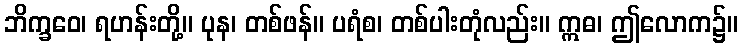
ဘိက္ခဝေ၊ ရဟန်းတို့။ ပုန၊ တစ်ဖန်။ ပရံစ၊ တစ်ပါးတုံလည်း။ ဣဓ၊ ဤလောက၌။